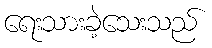
ရေးသားခဲ့သေးသည်